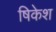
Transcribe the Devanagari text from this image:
षिकेश